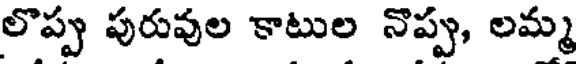
లొప్పు పురువుల కాటుల నొప్పు, లమ్మ